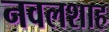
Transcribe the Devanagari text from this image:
नवलशाह